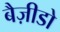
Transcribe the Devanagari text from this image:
बैज़ीडो